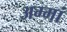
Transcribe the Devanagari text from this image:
अम्‍मां